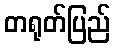
တရုတ်ပြည်